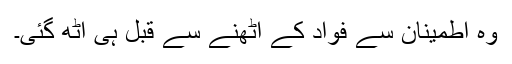
وہ اطمینان سے فواد کے اٹھنے سے قبل ہی اٹھ گئی۔